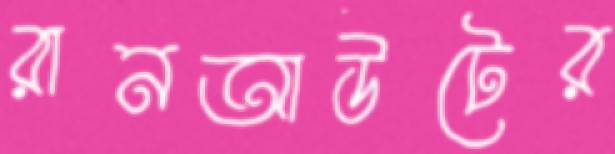
রানআউটের